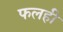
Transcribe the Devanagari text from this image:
फलही